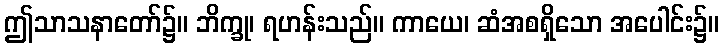
ဤသာသနာတော်၌။ ဘိက္ခု၊ ရဟန်းသည်။ ကာယေ၊ ဆံအစရှိသော အပေါင်း၌။